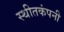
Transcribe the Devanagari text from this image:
स्थीतकंपनी